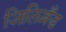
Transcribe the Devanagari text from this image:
जिलिब्रॅंड